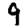
Digit: 9